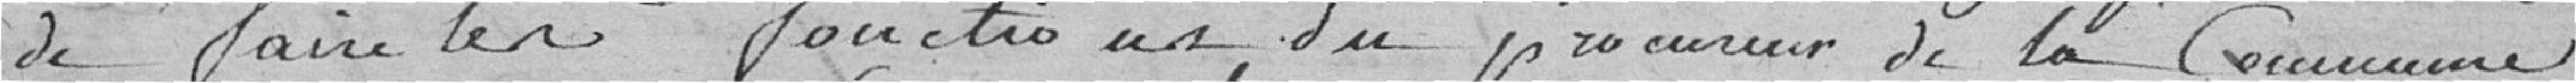
de faire les fonctions du procureur de la Commune